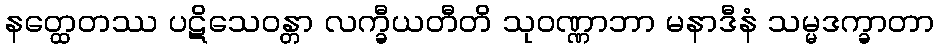
နတ္ထေတဿ ပဋိသေဝန္တာ လက္ခီယတီတိ သုဝဏ္ဏာဘာ မနာဒီနံ သမ္မဒက္ခာတာ